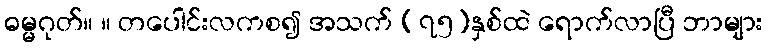
ဓမ္မဂုတ်။ ။ တပေါင်းလကစ၍ အသက် (၇၅)နှစ်ထဲ ရောက်လာပြီ ဘာများ